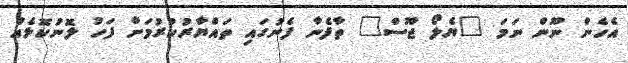
އެހެން ނޫން ނަމަ "ޔެލޯ ޖޫސް" ތާފެނާ ފެނުގައި ތައްޔާރުކުރުމަށް ފަހު ލޮނުކޮޅެއް